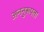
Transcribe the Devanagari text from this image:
अननुरूपता